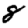
Digit: 8